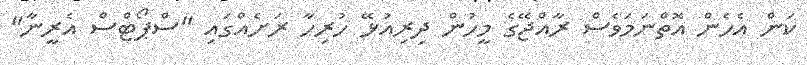
ކަން އެހެން އޮތްނަމަވެސް ރާއްޖޭގެ މީހުން ދިރިއުޅޭ ހުރިހާ ރަށެއްގައި "ސްޕޯޓްސް އެރީނާ"